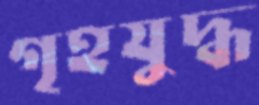
গৃহযুদ্ধ